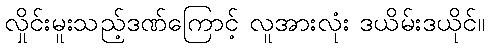
လှိုင်းမူးသည့်ဒဏ်ကြောင့် လူအားလုံး ဒယိမ်းဒယိုင်။